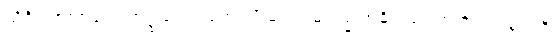
သိဝိရာဇကာလေ အဋ္ဌသတပ္ပဘေဒါပိ မရဏမာဂမ္မ အဓိပ္ပါယဂ္ဂဟဏဿ နဂ္ဂါတိ